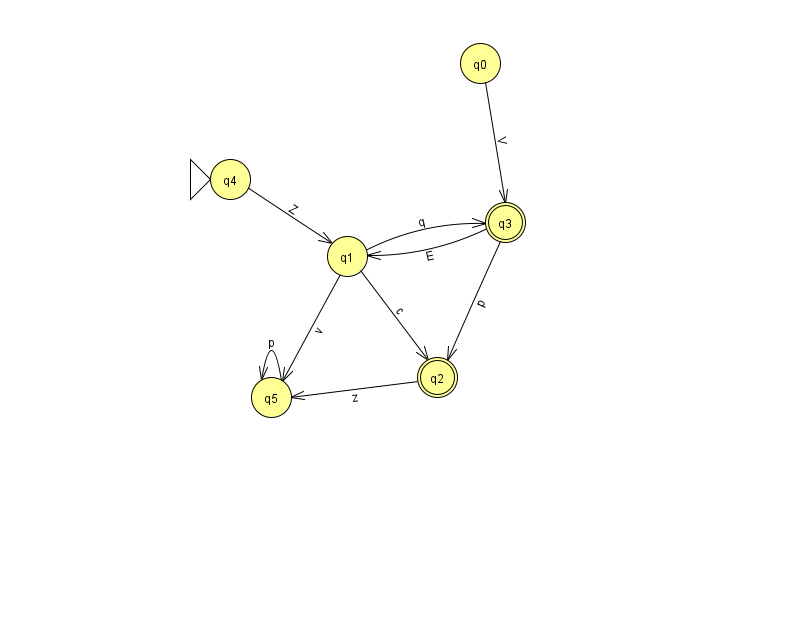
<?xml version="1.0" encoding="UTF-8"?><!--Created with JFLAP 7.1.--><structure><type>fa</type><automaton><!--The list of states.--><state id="0" name="q0"><x>480.0</x><y>50.0</y></state><state id="1" name="q1"><x>347.0</x><y>243.0</y></state><state id="2" name="q2"><x>437.0</x><y>364.0</y><final/></state><state id="3" name="q3"><x>505.0</x><y>209.0</y><final/></state><state id="4" name="q4"><x>230.0</x><y>166.0</y><initial/></state><state id="5" name="q5"><x>271.0</x><y>384.0</y></state><!--The list of transitions.--><transition><from>2</from><to>5</to><read>z</read></transition><transition><from>3</from><to>2</to><read>p</read></transition><transition><from>5</from><to>5</to><read>p</read></transition><transition><from>1</from><to>2</to><read>c</read></transition><transition><from>4</from><to>1</to><read>Z</read></transition><transition><from>1</from><to>3</to><read>q</read></transition><transition><from>3</from><to>1</to><read>E</read></transition><transition><from>0</from><to>3</to><read>V</read></transition><transition><from>1</from><to>5</to><read>v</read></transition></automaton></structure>